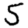
Digit: 5